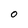
Character: O